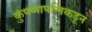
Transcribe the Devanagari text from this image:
कुंपणापलिकडून